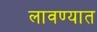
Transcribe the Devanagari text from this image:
लावण्‍यात